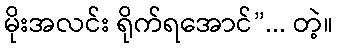
မိုးအလင်း ရိုက်ရအောင်”... တဲ့။